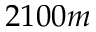
2 1 0 0 m